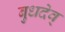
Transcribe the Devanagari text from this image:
बुधदेव्